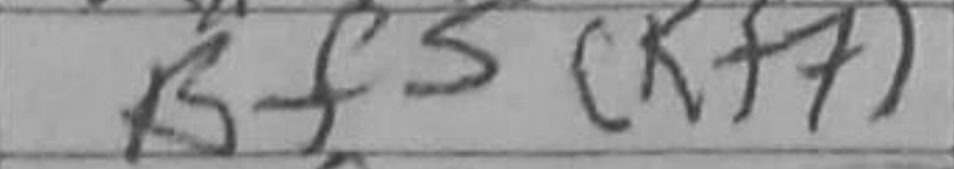
Transcription: Bf5